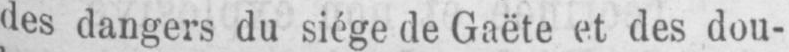
des dangers du siége de Gaëte et des dou-